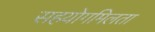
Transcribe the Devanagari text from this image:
सहयोगमिलता